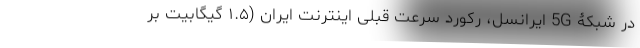
در شبکۀ 5G ایرانسل، رکورد سرعت قبلی اینترنت ایران (۱.۵ گیگابیت بر